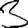
Digit: 3